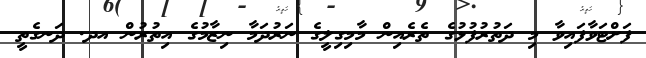
ފަށްޓަވާފައިވާ މި ދަތުރުފުޅުގެ ތެރެއިން މާމިގިލީގެ ނަރުދަމާ ނިޒާމުގެ އިތުރުން އދ. ދަނގެތީ